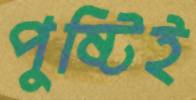
পুষ্টিই